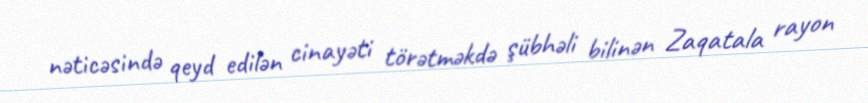
nəticəsində qeyd edilən cinayəti törətməkdə şübhəli bilinən Zaqatala rayon